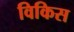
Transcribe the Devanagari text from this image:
विकिस